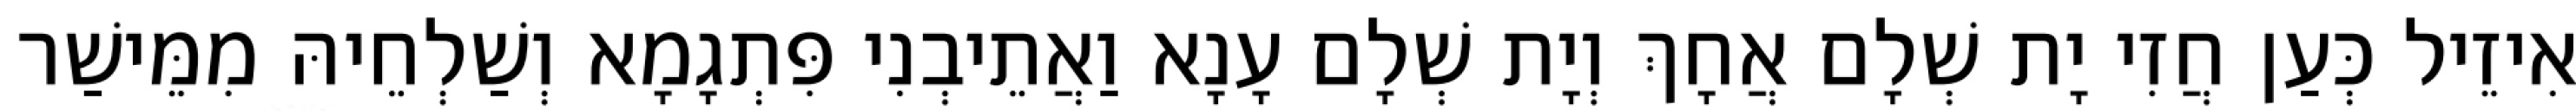
אִיזֵיל כְּעַן חֲזִי יָת שְׁלָם אֲחָךְ וְיָת שְׁלָם עָנָא וַאֲתֵיבְנִי פִּתְגָמָא וְשַׁלְחֵיהּ מִמֵּישַׁר